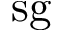
\mathrm { s g }